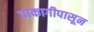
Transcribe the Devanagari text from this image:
ताकागीपासून